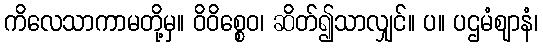
ကိလေသာကာမတို့မှ။ ဝိဝိစ္စေဝ၊ ဆိတ်၍သာလျှင်။ ပ။ ပဌမံဈာနံ၊